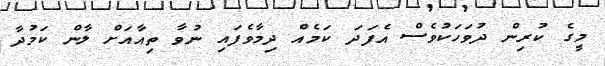
މީގެ ކުރިން ދުވަހަކުވެސް އެފަދަ ކަމެއް ދިމާވެފައި ނުވާ ތިއާއަށް ލާން ކަމުދާ